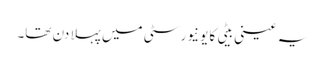
یہ عینی بیٹی کا یونیورسٹی میں پہلا دن تھا۔